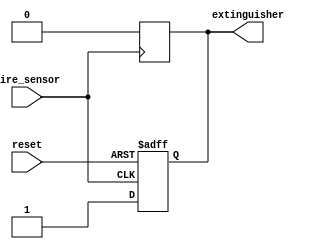
`timescale 1ns / 1ps
//////////////////////////////////////////////////////////////////////////////////
// Company: 
// Engineer: 
// 
// Design Name: 
// Module Name: alaram
// Project Name: 
// Target Devices: 
// Tool Versions: 
// Description: 
// 
// Dependencies: 
// 
// Revision:
// Revision 0.01 - File Created
// Additional Comments:
// 
//////////////////////////////////////////////////////////////////////////////////


module alarm(
    input fire_sensor,
    input reset,
    output reg extinguisher
    );
always@(posedge reset or posedge fire_sensor)
begin
if(reset)
extinguisher=0;
else if(fire_sensor)
extinguisher=1;
end
always@(negedge fire_sensor)
extinguisher=0;
endmodule